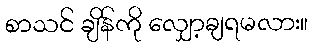
စာသင် ချိန်ကို လျှော့ချရမလား။